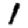
Digit: 1